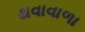
થવાવાળા